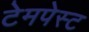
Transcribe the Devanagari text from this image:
टेमपेस्ट